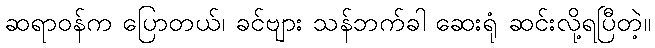
ဆရာဝန်က ပြောတယ်၊ ခင်ဗျား သန်ဘက်ခါ ဆေးရုံ ဆင်းလို့ရပြီတဲ့။